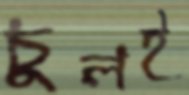
চুলই